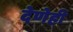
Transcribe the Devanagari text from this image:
देणेही